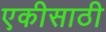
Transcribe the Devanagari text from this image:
एकीसाठी